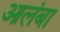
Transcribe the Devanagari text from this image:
आलंबा